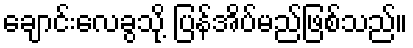
ချောင်းလေခွသို့ ပြန်အိပ်မည်ဖြစ်သည်။